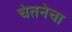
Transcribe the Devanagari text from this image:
चेतनेचा